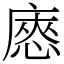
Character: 㥷